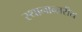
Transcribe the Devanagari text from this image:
स्थानान्तरीय